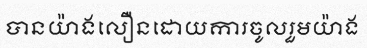
បានយ៉ាងលឿនដោយការចូលរួមយ៉ាង